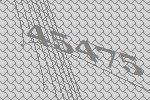
45475